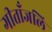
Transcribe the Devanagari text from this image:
गीताँजलि